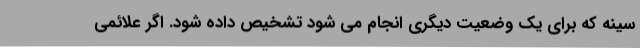
سینه که برای یک وضعیت دیگری انجام می شود تشخیص داده شود. اگر علائمی